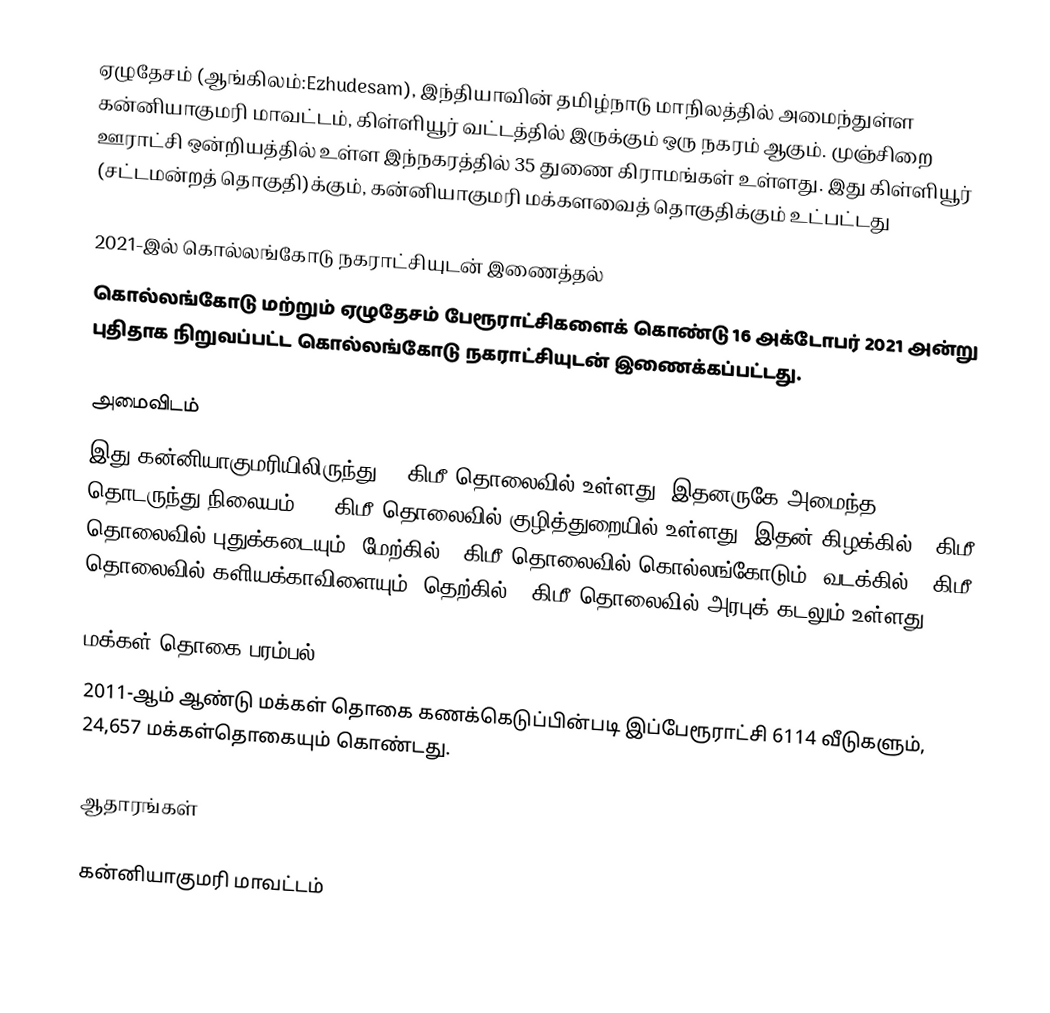
ஏழுதேசம் (ஆங்கிலம்:Ezhudesam), இந்தியாவின் தமிழ்நாடு மாநிலத்தில் அமைந்துள்ள கன்னியாகுமரி மாவட்டம், கிள்ளியூர்  வட்டத்தில் இருக்கும் ஒரு நகரம் ஆகும். முஞ்சிறை ஊராட்சி ஒன்றியத்தில் உள்ள இந்நகரத்தில் 35 துணை கிராமங்கள் உள்ளது. இது கிள்ளியூர்   (சட்டமன்றத் தொகுதி)க்கும், கன்னியாகுமரி மக்களவைத் தொகுதிக்கும் உட்பட்டது

2021-இல் கொல்லங்கோடு நகராட்சியுடன் இணைத்தல்
கொல்லங்கோடு மற்றும் ஏழுதேசம் பேரூராட்சிகளைக் கொண்டு 16 அக்டோபர் 2021 அன்று  புதிதாக நிறுவப்பட்ட கொல்லங்கோடு நகராட்சியுடன் இணைக்கப்பட்டது.

அமைவிடம்
இது கன்னியாகுமரியிலிருந்து 61 கிமீ தொலைவில் உள்ளது. இதனருகே அமைந்த தொடருந்து நிலையம், 11 கிமீ தொலைவில் குழித்துறையில் உள்ளது. இதன் கிழக்கில் 3 கிமீ தொலைவில் புதுக்கடையும்; மேற்கில் 5 கிமீ தொலைவில் கொல்லங்கோடும், வடக்கில் 7 கிமீ தொலைவில் களியக்காவிளையும்; தெற்கில் 2 கிமீ தொலைவில் அரபுக் கடலும் உள்ளது.

மக்கள் தொகை பரம்பல்
2011-ஆம் ஆண்டு மக்கள் தொகை கணக்கெடுப்பின்படி  இப்பேரூராட்சி                         6114 வீடுகளும்,  24,657  மக்கள்தொகையும் கொண்டது.

ஆதாரங்கள்

கன்னியாகுமரி மாவட்டம்